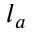
l _ { a }